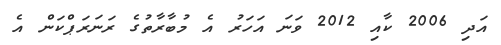
އަދި 2006 ކާއި 2012 ވަނަ އަހަރު އެ މުބާރާތުގެ ރަނަރަޕްކަން އެ